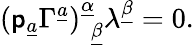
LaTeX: (\mathsf{p}_{\underline{{{a}}}}\Gamma^{\underline{{{a}}}})_{~~\underline{{{\beta}}}}^{\underline{{{\alpha}}}}\lambda^{\underline{{{\beta}}}}=0.